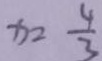
x = \frac { 4 } { 3 }